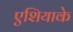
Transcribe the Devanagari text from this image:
एशियाके